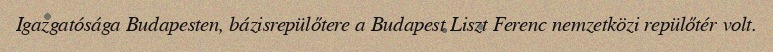
Igazgatósága Budapesten, bázisrepülőtere a Budapest Liszt Ferenc nemzetközi repülőtér volt.